Problem: 3 × 3 = ?
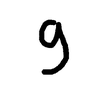
Handwritten answer: 9